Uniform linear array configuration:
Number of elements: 32
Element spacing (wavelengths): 0.5
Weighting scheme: hamming
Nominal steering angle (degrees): -60
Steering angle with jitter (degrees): -58.054
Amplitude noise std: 0.05
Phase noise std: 0.05

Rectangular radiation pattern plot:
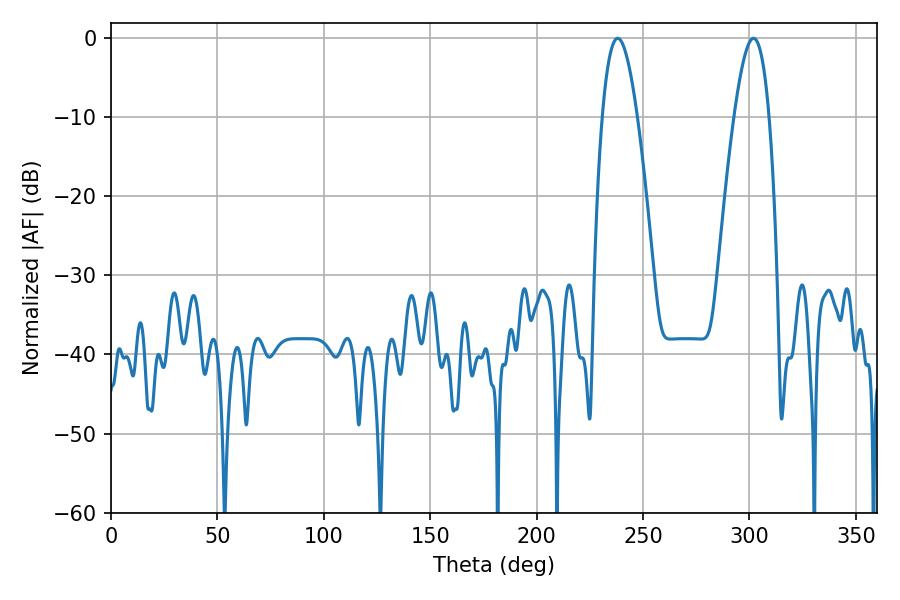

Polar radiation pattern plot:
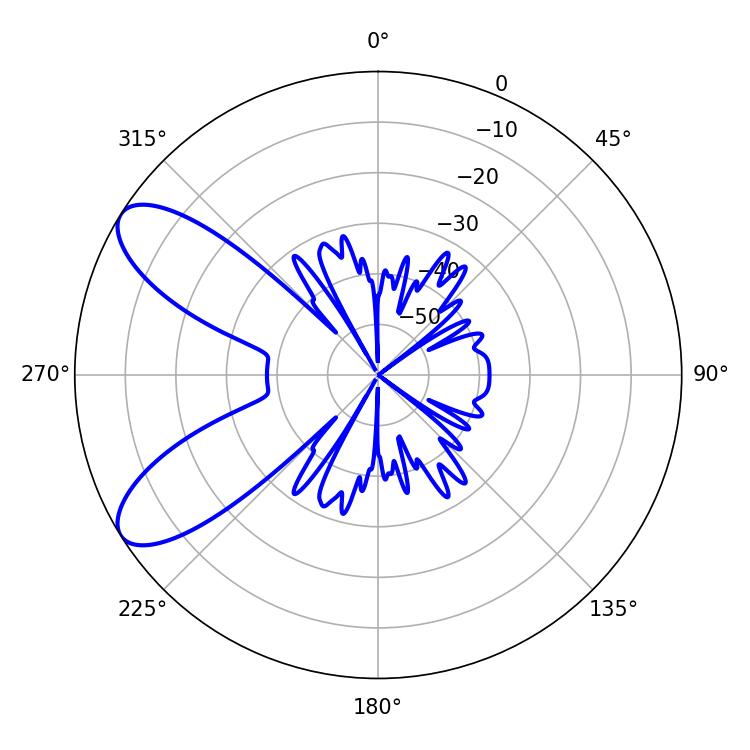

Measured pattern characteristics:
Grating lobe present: FALSE
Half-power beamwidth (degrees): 9
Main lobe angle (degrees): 238.14